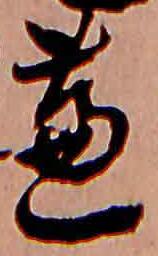
蘆